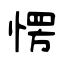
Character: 愣